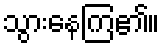
သွားနေကြ၏။